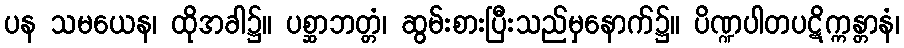
ပန သမယေန၊ ထိုအခါ၌။ ပစ္ဆာဘတ္တံ၊ ဆွမ်းစားပြီးသည်မှနောက်၌။ ပိဏ္ဍပါတပဋိက္ကန္တာနံ၊